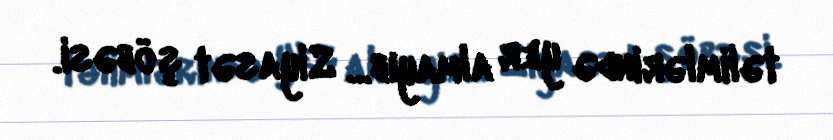
təlimlərində yer almayıb... Siyasət şöbəsi.